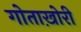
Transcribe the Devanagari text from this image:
गोताख़ोरी